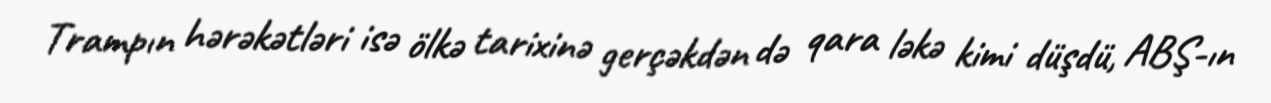
Trampın hərəkətləri isə ölkə tarixinə gerçəkdən də qara ləkə kimi düşdü, ABŞ-ın